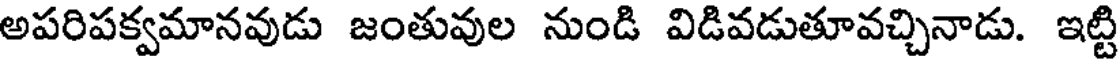
అపరిపక్వమానవుడు జంతువుల నుండి విడివడుతూవచ్చినాడు. ఇట్టి